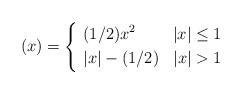
\begin{align*}(x) = \left\{\begin{aligned} &(1/2)x^2 & |x| \leq 1 \\\ &|x| - (1/2) & |x| > 1 \end{aligned} \right.\end{align*}